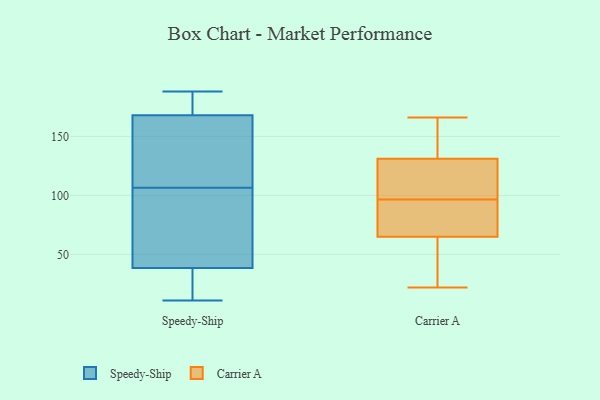
{"axis": {"x": "Humidity (%)", "y": "Value"}, "legend": ["Carrier A", "Speedy-Ship"], "data": [{"x": "", "y": 164, "type": "Speedy-Ship"}, {"x": "", "y": 172, "type": "Speedy-Ship"}, {"x": "", "y": 31, "type": "Speedy-Ship"}, {"x": "", "y": 46, "type": "Speedy-Ship"}, {"x": "", "y": 188, "type": "Speedy-Ship"}, {"x": "", "y": 187, "type": "Speedy-Ship"}, {"x": "", "y": 173, "type": "Speedy-Ship"}, {"x": "", "y": 130, "type": "Speedy-Ship"}, {"x": "", "y": 16, "type": "Speedy-Ship"}, {"x": "", "y": 126, "type": "Speedy-Ship"}, {"x": "", "y": 54, "type": "Speedy-Ship"}, {"x": "", "y": 87, "type": "Speedy-Ship"}, {"x": "", "y": 11, "type": "Speedy-Ship"}, {"x": "", "y": 25, "type": "Speedy-Ship"}, {"x": "", "y": 52, "type": "Speedy-Ship"}, {"x": "", "y": 130, "type": "Speedy-Ship"}, {"x": "", "y": 65, "type": "Carrier A"}, {"x": "", "y": 131, "type": "Carrier A"}, {"x": "", "y": 40, "type": "Carrier A"}, {"x": "", "y": 166, "type": "Carrier A"}, {"x": "", "y": 128, "type": "Carrier A"}, {"x": "", "y": 81, "type": "Carrier A"}, {"x": "", "y": 22, "type": "Carrier A"}, {"x": "", "y": 156, "type": "Carrier A"}, {"x": "", "y": 96, "type": "Carrier A"}, {"x": "", "y": 97, "type": "Carrier A"}]}